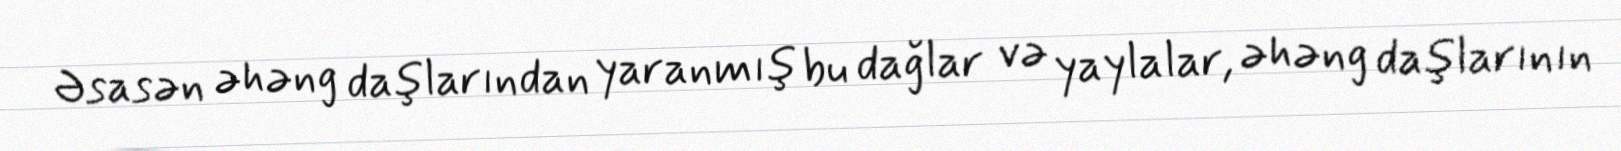
Əsasən əhəng daşlarından yaranmış bu dağlar və yaylalar, əhəng daşlarının